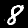
Digit: 8